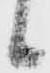
候